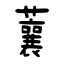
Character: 蘘